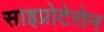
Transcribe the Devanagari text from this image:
साइप्रोटेरोन